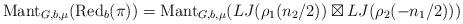
LaTeX: \begin{align*}\mathrm{Mant}_{G,b,\mu}(\mathrm{Red}_b(\pi))=\mathrm{Mant}_{G,b,\mu}(LJ(\rho_1(n_2/2)) \boxtimes LJ(\rho_2(-n_1/2)))\end{align*}